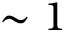
\sim 1